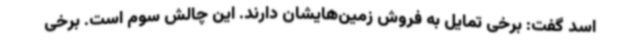
اسد گفت: برخی تمایل به فروش زمین‌هایشان دارند. این چالش سوم است. برخی